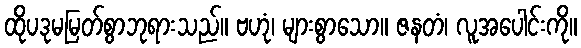
ထိုပဒုမမြတ်စွာဘုရားသည်။ ဗဟုံ၊ များစွာသော။ ဇနတံ၊ လူအပေါင်းကို။